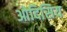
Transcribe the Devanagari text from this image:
ओदिसिय